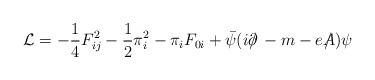
LaTeX: \begin{align*}{\cal L} =- \frac{1}{4} F_{ij}^2 -\frac{1}{2} \pi_i^2- \pi_i F_{0i} + \bar \psi(i\partial\!\!\!/\, -m- eA\!\!\!\!/\,)\psi \end{align*}